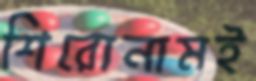
শিরোনামই